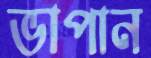
ভাপান